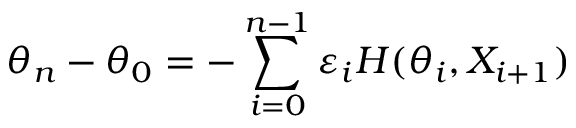
\theta _ { n } - \theta _ { 0 } = - \sum _ { i = 0 } ^ { n - 1 } \varepsilon _ { i } H ( \theta _ { i } , X _ { i + 1 } )